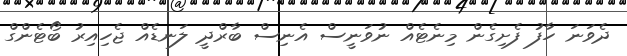
ދެވަނަ ހާފު ފެށިގެން މިނެޓެއް ނުވަނީސް އެނިސް ބާރްދީ ލަނޑެއް ޖެހިއިރު ބޯޓެންގް